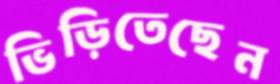
ভিড়িতেছেন